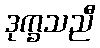
ဒုက္ခသညီ